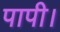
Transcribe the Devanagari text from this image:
पापी।